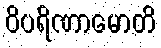
ဝိပရိဏာမောတိ